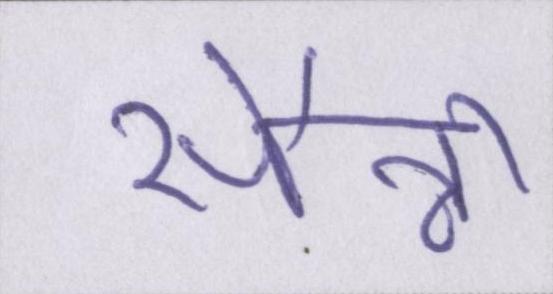
सैन्नी